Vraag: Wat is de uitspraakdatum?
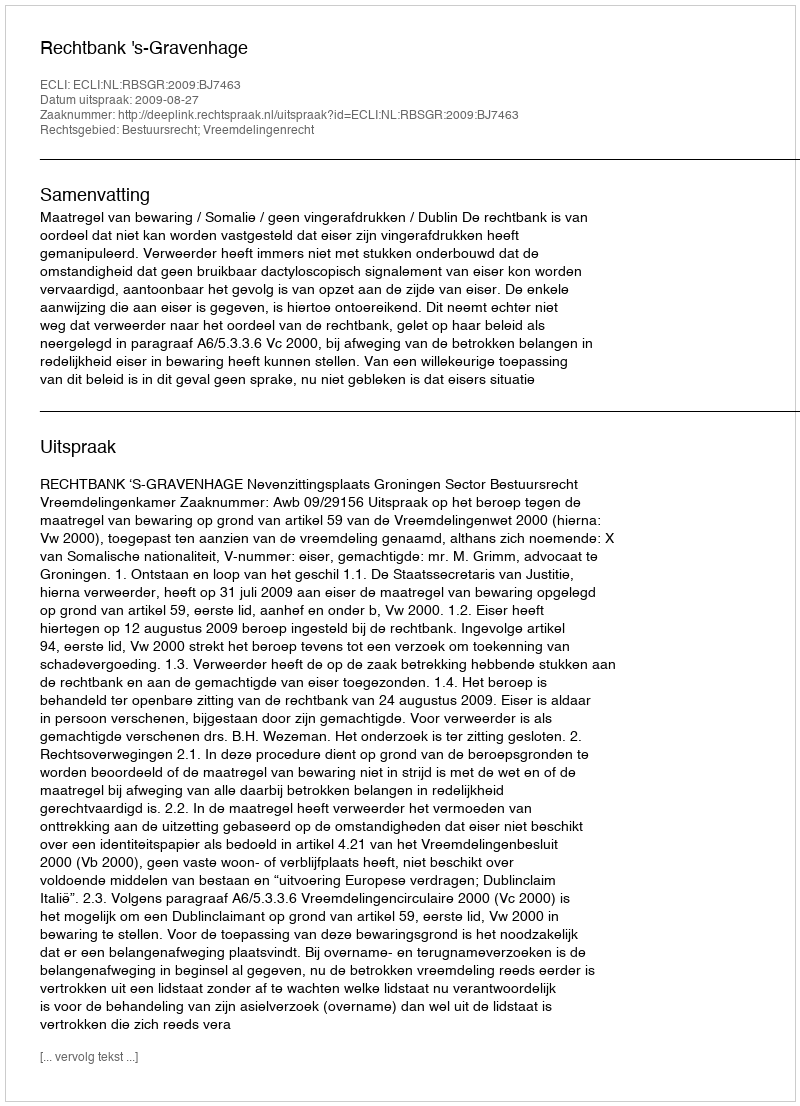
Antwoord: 2009-08-27